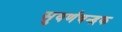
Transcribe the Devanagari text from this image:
सुवर्णचन्द्रक